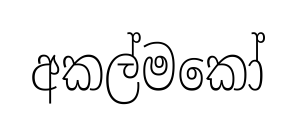
අකල්මකෝ